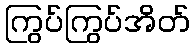
ကြွပ်ကြွပ်အိတ်